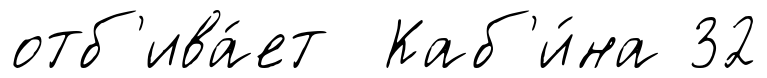
отб'ива́ет Каб'и́на 32